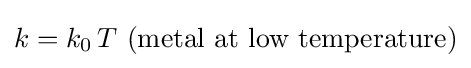
k=k_{0}\,T{\text{ (metal at low temperature)}}